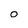
Character: 0